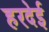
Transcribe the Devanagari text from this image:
हरदेई